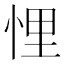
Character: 悝